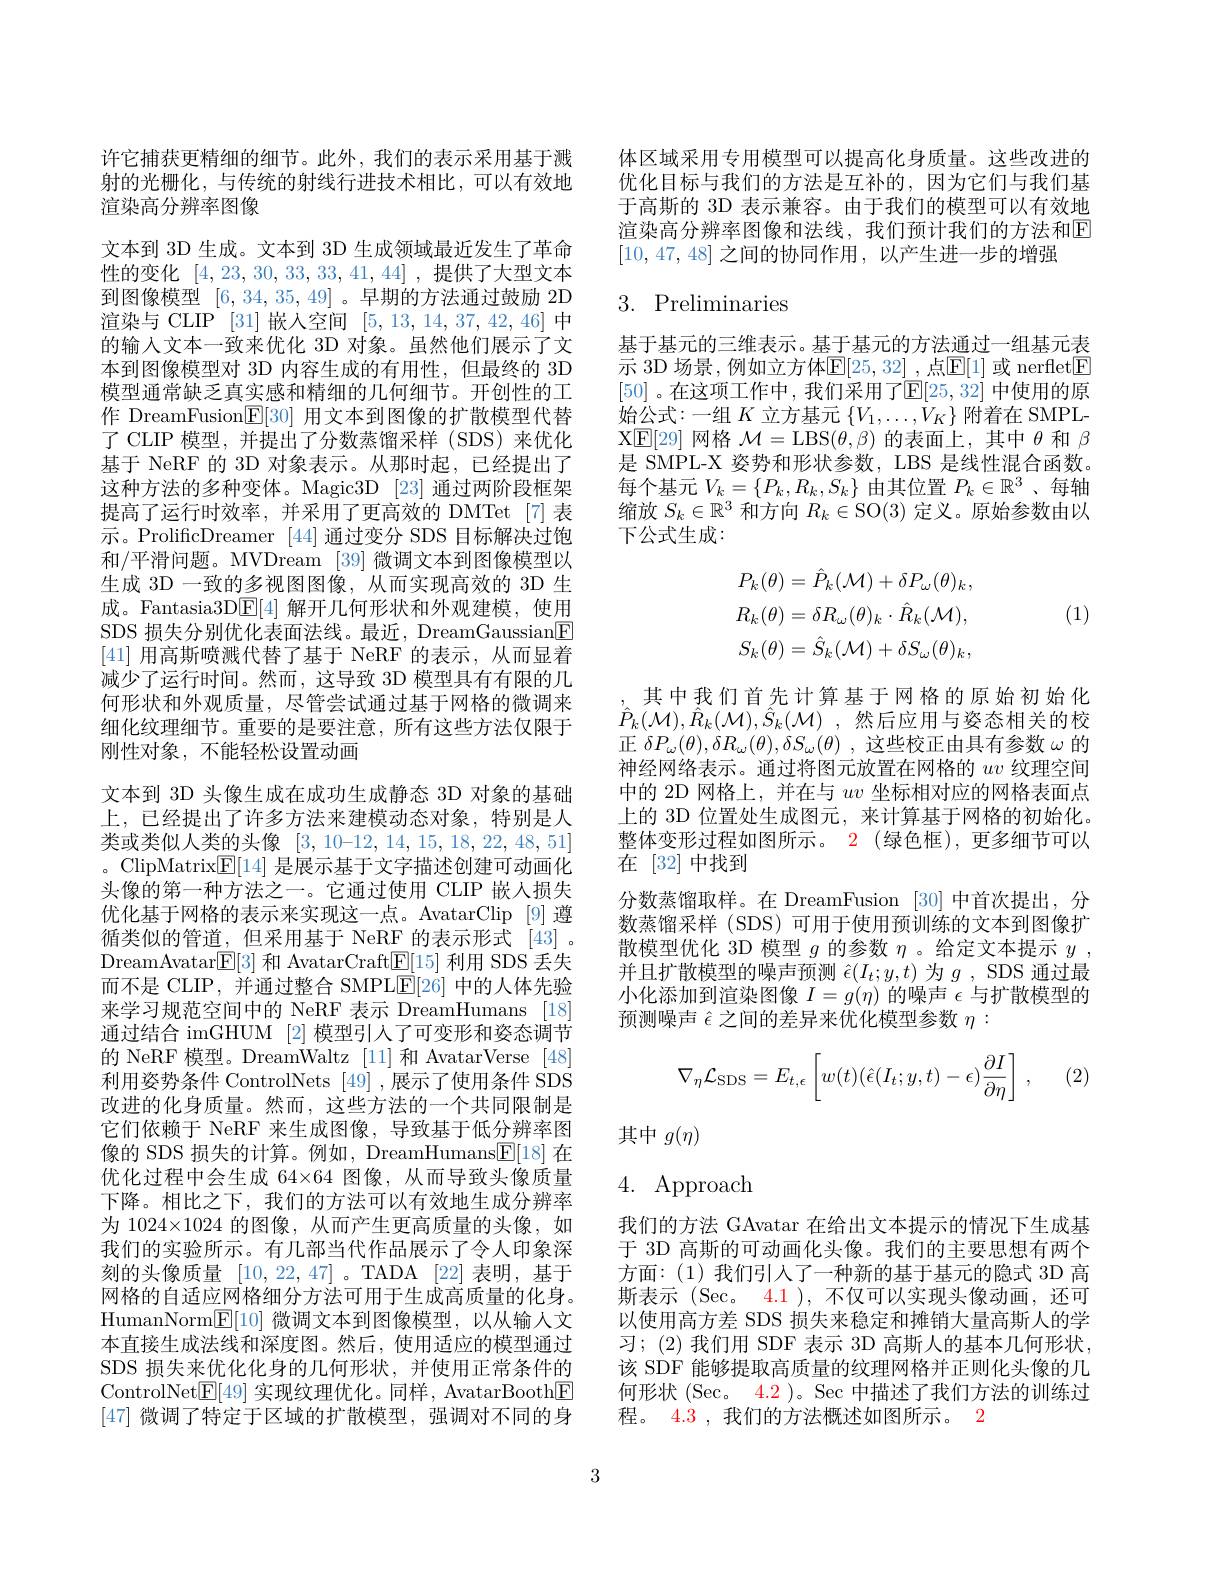
许它捕获更精细的细节。此外，我们的表示采用基于溅射的光栅化，与传统的射线行进技术相比，可以有效地渲染高分辨率图像
文本到 3D 生成。文本到 3D 生成领域最近发生了革命性的变化[4,23,30,33,33,41,44] ,提供了大型文本到图像模型[6,34,35,49] 。早期的方法通过鼓励 2D 渲染与 CLIP [31]嵌入空间[5,13,14,37,42,46]中的输入文本一致来优化 3D 对象。虽然他们展示了文本到图像模型对 3D 内容生成的有用性，但最终的 3D 模型通常缺乏真实感和精细的几何细节。开创性的工作 DreamFusion$\underline{\mathrm{E}}[30]$用文本到图像的扩散模型代替了 CLIP 模型，并提出了分数蒸馏采样 (SDS)来优化基于 NeRF 的 3D 对象表示。从那时起，已经提出了这种方法的多种变体。Magic3D [23] 通过两阶段框架提高了运行时效率，并采用了更高效的 DMTet[7]表示。ProlificDreamer [44]通过变分 SDS 目标解决过饱和/平滑问题。MVDream [39] 微调文本到图像模型以生成 3D 一致的多视图图像，从而实现高效的 3D 生成。Fantasia3D$\underline{\mathrm{E}}[4]$解开几何形状和外观建模，使用SDS 损失分别优化表面法线。最近，DreamGaussian[E] [41]用高斯喷溅代替了基于 NeRF 的表示，从而显着减少了运行时间。然而，这导致 3D 模型具有有限的几何形状和外观质量，尽管尝试通过基于网格的微调来细化纹理细节。重要的是要注意，所有这些方法仅限于刚性对象，不能轻松设置动画
文本到 3D 头像生成在成功生成静态 3D 对象的基础上，已经提出了许多方法来建模动态对象，特别是人类或类似人类的头像[3,10-12,14,15,18,22,48,51] 。ClipMatrix$\underline{\mathrm{E}}[14]$是展示基于文字描述创建可动画化头像的第一种方法之一。它通过使用 CLIP 嵌人损失优化基于网格的表示来实现这一点。AvatarClip [9]遵循类似的管道，但采用基于 NeRF 的表示形式 [43]。DreamAvatar$\overline{\mathrm{E}}[3]$和 AvatarCraft$\underline{\mathrm{E}}[15]$利用 SDS 丢失而不是 CLIP, 并通过整合 SMPL$\underline{\mathrm{F}}[26]$中的人体先验来学习规范空间中的 NeRF 表示 DreamHumans [18] 通过结合 imGHUM [2] 模型引入了可变形和姿态调节的 NeRF 模型。DreamWaltz [11]和 AvatarVerse [48] 利用姿势条件 ControlNets [49] ,展示了使用条件 SDS 改进的化身质量。然而，这些方法的一个共同限制是它们依赖于 NeRF 来生成图像，导致基于低分辨率图像的 SDS 损失的计算。例如，DreamHumans$\mathbb{E}[18]$在优化过程中会生成 64×64 图像，从而导致头像质量下降。相比之下，我们的方法可以有效地生成分辨率为 1024×1024 的图像，从而产生更高质量的头像，如我们的实验所示。有几部当代作品展示了令人印象深刻的头像质量[10,22,47] 。TADA [22]表明，基于网格的自适应网格细分方法可用于生成高质量的化身。HumanNorm$\underline {\mathbb{E} }[ 10]$微调文本到图像模型，以从输入文本直接生成法线和深度图。然后，使用适应的模型通过SDS 损失来优化化身的几何形状，并使用正常条件的ControlNet$\boxed{\mathrm{F}}[49]$实现纹理优化。同样，AvatarBooth$\boxed{\mathrm{F}}$ [47]微调了特定于区域的扩散模型，强调对不同的身

体区域采用专用模型可以提高化身质量。这些改进的优化目标与我们的方法是互补的，因为它们与我们基于高斯的 3D 表示兼容。由于我们的模型可以有效地渲染高分辨率图像和法线，我们预计我们的方法和$\mathbb{E}$ [10,47,48]之间的协同作用，以产生进一步的增强

# 3. Preliminaries

基于基元的三维表示。基于基元的方法通过一组基元表示 3D 场景，例如立方体$\mathbb{E}[25,32]$ ,点$\mathbb{E}[1]$ 或 nerflet$\mathbb{E}$ [50] 。在这项工作中，我们采用了$\mathrm\overline E[25,32]$ 中使用的原始公式：一组$K$ 立方基元$\left\{V_1,\ldots,V_K\right\}$附着在 SMPLX$\operatorname{E}[29]$网格$\mathcal{M}=\operatorname{LBS}(\theta,\beta)$的表面上，其中$\theta$和$\beta$ 是 SMPL-X 姿势和形状参数，LBS 是线性混合函数。每个基元$V_k=\{P_k,R_k,S_k\}$ 由其位置 $P_k\in\mathbb{R}^3$、每轴缩放$S_k\in\mathbb{R}^3$和方向$R_k\in\operatorname{SO}(3)$定义。原始参数由以下公式生成
$$P_{k}(\theta)=\hat{P}_{k}(\mathcal{M})+\delta P_{\omega}(\theta)_{k},\\R_{k}(\theta)=\delta R_{\omega}(\theta)_{k}\cdot\hat{R}_{k}(\mathcal{M}),\\S_{k}(\theta)=\hat{S}_{k}(\mathcal{M})+\delta S_{\omega}(\theta)_{k},$$
(1)

其中我们首先计算基于网格的原始初始化$\hat{P} _k( \mathcal{M} ) , \hat{R} _k( \mathcal{M} ) , \hat{S} _k( \mathcal{M} )$ ,然后应用与姿态相关的校正$\delta P_\omega(\theta),\delta R_\omega(\theta),\delta S_\omega(\theta)$ ,这些校正由具有参数$\omega$的神经网络表示。通过将图元放置在网格的$uv$纹理空间中的 2D 网格上，并在与$uv$坐标相对应的网格表面点上的 3D 位置处生成图元，来计算基于网格的初始化。整体变形过程如图所示。2 (绿色框),更多细节可以在[32]中找到
分数蒸馏取样。在 DreamFusion [30]中首次提出，分数蒸馏采样 (SDS)可用于使用预训练的文本到图像扩散模型优化 3D 模型$g$的参数$\eta$ 。给定文本提示$y$ , 并且扩散模型的噪声预测$\hat{\epsilon}(I_t;y,t)$为$g$ , SDS 通过最小化添加到渲染图像$I=g(\eta)$的噪声$\epsilon$与扩散模型的预测噪声$\hat{\epsilon}$之间的差异来优化模型参数$\eta:$
$$\nabla_\eta\mathcal{L}_{\mathrm{SDS}}=E_{t,\epsilon}\left[w(t)(\hat{\epsilon}(I_t;y,t)-\epsilon)\frac{\partial I}{\partial\eta}\right]\:,$$
(2)

其中$g(\eta)$

4. Approach

我们的方法 GAvatar 在给出文本提示的情况下生成基于 3D 高斯的可动画化头像。我们的主要思想有两个方面：(1)我们引人了一种新的基于基元的隐式 3D 高斯表示 (Sec。4.1 ), 不仅可以实现头像动画，还可以使用高方差 SDS 损失来稳定和摊销大量高斯人的学习；(2)我们用 SDF 表示 3D 高斯人的基本几何形状该 SDF 能够提取高质量的纹理网格并正则化头像的几何形状 (Sec。4.2 )。Sec 中描述了我们方法的训练过程。4.3 , 我们的方法概述如图所示。2

3